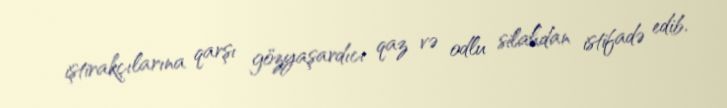
iştirakçılarına qarşı gözyaşardıcı qaz və odlu silahdan istifadə edib.